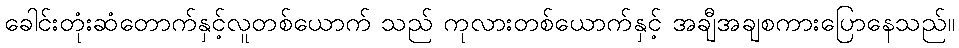
ခေါင်းတုံးဆံတောက်နှင့်လူတစ်ယောက် သည် ကုလားတစ်ယောက်နှင့် အချီအချစကားပြောနေသည်။